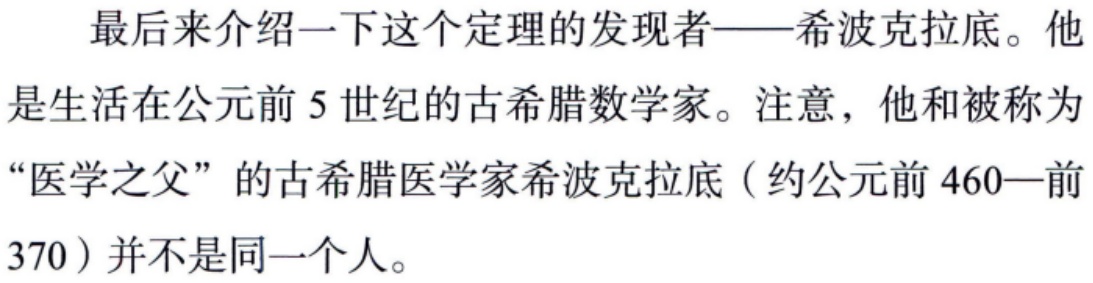
最后来介绍一下这个定理的发现者——希波克拉底。他是生活在公元前 5 世纪的古希腊数学家。注意，他和被称为“医学之父”的古希腊医学家希波克拉底（约公元前 460—前370）并不是同一个人。